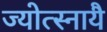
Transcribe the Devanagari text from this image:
ज्योत्स्नायै